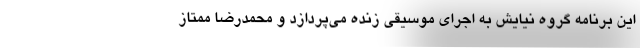
این برنامه گروه نیایش به اجرای موسیقی زنده می‌پردازد و محمدرضا ممتاز